Sketch of the medical history of the native army of Bombay, for the year
Year: 1870
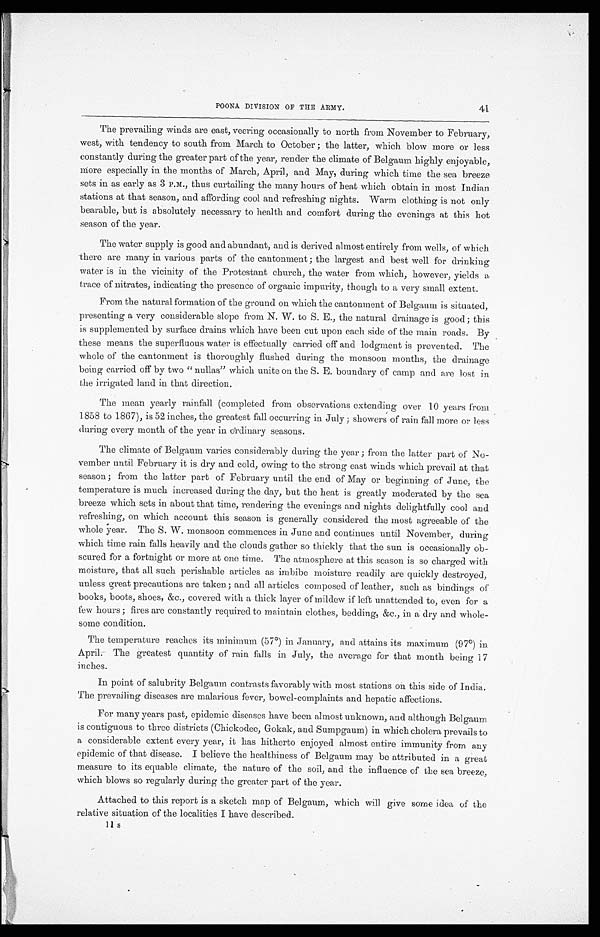
41
POONA DIVISION OF THE ARMY.
The prevailing winds are east, veering occasionally to north from November to February,
west, with tendency to south from March to October; the latter, which blow more or less
constantly during the greater part of the year, render the climate of Belgaum highly enjoyable,
more especially in the months of March, April, and May, during which time the sea breeze
sets in as early as 3 P.M., thus curtailing the many hours of heat which obtain in most Indian
stations at that season, and affording cool and refreshing nights. Warm clothing is not only
bearable, but is absolutely necessary to health and comfort during the evenings at this hot
season of the year.
The water supply is good and abundant, and is derived almost entirely from wells, of which
there are many in various parts of the cantonment; the largest and best well for drinking
water is in the vicinity of the Protestant church, the water from which, however, yields a
trace of nitrates, indicating the presence of organic impurity, though to a very small extent.
From the natural formation of the ground on which the cantonment of Belgaum is situated,
presenting a very considerable slope from N. W. to S. E., the natural drainage is good; this
is supplemented by surface drains which have been cut upon each side of' the main roads. By
these means the superfluous water is effectually carried off and lodgment is prevented. The
whole of the cantonment is thoroughly flushed during the monsoon months, the drainage
being carried off by two "nullas" which unite on the S. E. boundary of camp and are lost in
the irrigated land in that direction.
The mean yearly rainfall (completed from observations extending over 10 years from
1858 to 1867), is 52 inches, the greatest fall occurring in July; showers of rain fall more or less
during every month of the year in ordinary seasons.
The climate of Belgaum varies considerably during the year; from the latter part of No
- v e m b e r u n t i l F e b r u a r y i t i s d r y a n d c o l d , o w i n g t o t h e s t r o n g e a s t w i n d s w h i c h p r e v a i l a t t h a t
season; from the latter part of February until the end of May or beginning of June, the
temperature is much increased during the day, but the heat is greatly moderated by the sea
breeze which sets in about that time, rendering the evenings and nights delightfully cool and
refreshing, on which account this season is generally considered the most agreeable of the
whole year. The S. W. monsoon commences in June and continues until November, during
which time rain falls heavily and the clouds gather so thickly that the sun is occasionally ob
- s c u r e d f o r a f o r t n i g h t o r m o r e a t o n e t i m e . T h e a t m o s p h e r e a t t h i s s e a s o n i s s o c h a r g e d w i t h
moisture, that all such perishable articles as imbibe moisture readily are quickly destroyed,
unless great precautions are taken; and all articles composed of leather, such as bindings of
books, boots, shoes, &c., covered with a thick layer of mildew if left unattended to, even for a
few hours; fires are constantly required to maintain clothes, bedding, &c., in a dry and whole
- s o m e c o n d i t i o n .
The temperature reaches its minimum (57°) in January, and attains its maximum (97°) in
April. The greatest quantity of rain falls in July, the average for that month being 17
inches.
In point of salubrity Belgaum contrasts favorably with most stations on this side of India.
The prevailing diseases are malarious fever, bowel-complaints and hepatic affections.
For many years past, epidemic diseases have been almost unknown, and although Belgaum
is contiguous to three districts (Chickodee, Gokak, and Sumpgaum) in which cholera prevails to
a considerable extent every year, it has hitherto enjoyed almost entire immunity from any
epidemic of that disease. I believe the healthiness of Belgaum may be attributed in a great
measure to its equable climate, the nature of the soil, and the influence of the sea breeze,
which blows so regularly during the greater part of the year.
Attached to this report is a sketch map of Belgaum, which will give some idea of the
relative situation of the localities I have described.
11 s